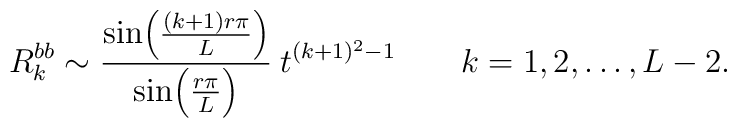
R_k^{bb}\sim\frac{\sin\!\left(\frac{(k+1)r\pi}{L}\right)}{\sin\!\left(\frac{r\pi}{L}\right)} \:t^{(k+1)^2-1} \qquad  k=1,2,\ldots,L-2.